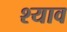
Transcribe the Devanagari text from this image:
श्याव